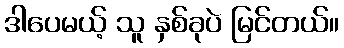
ဒါပေမယ့် သူ နှစ်ခုပဲ မြင်တယ်။